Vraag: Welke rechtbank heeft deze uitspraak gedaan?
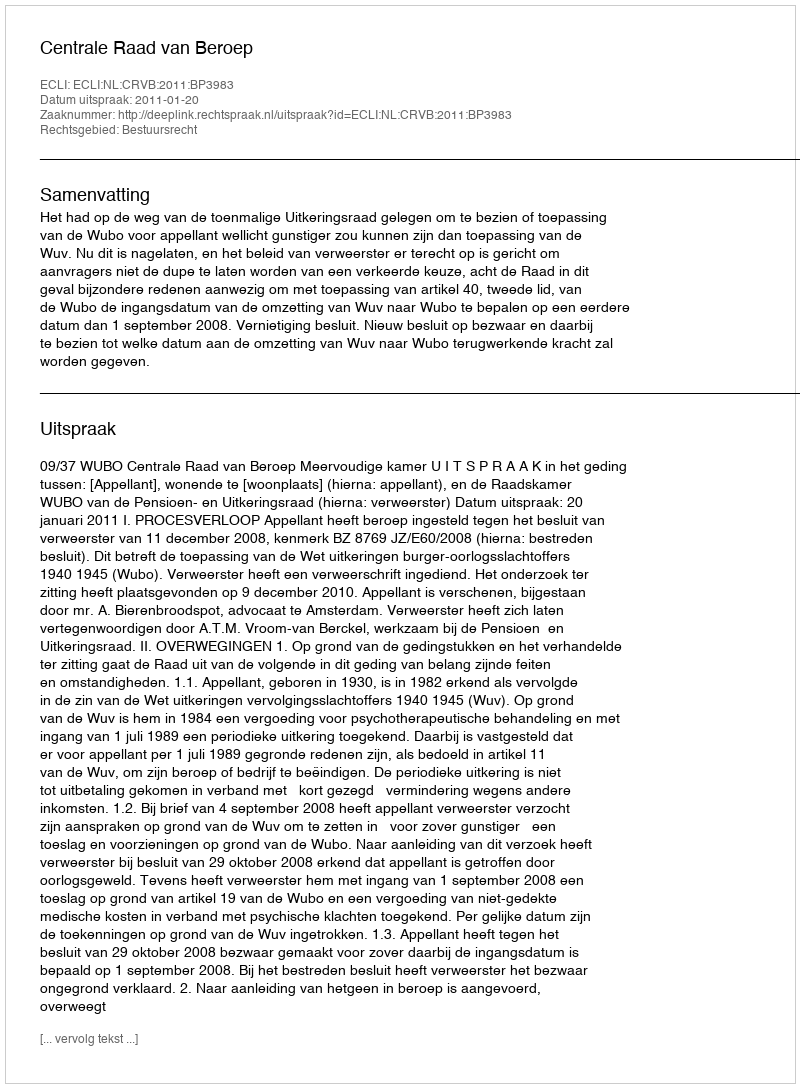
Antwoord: Centrale Raad van Beroep